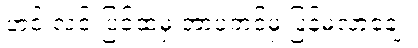
ဟင်းလင်းပြင်ထဲမှ ဘာပဲ့တင်မှ ပြန်မလာချေ။